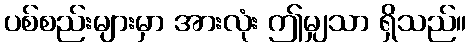
ပစ်စည်းများမှာ အားလုံး ဤမျှသာ ရှိသည်။